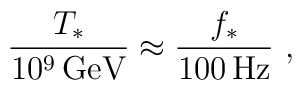
{T_* \over 10^9\,{\rm GeV}} \approx {f_* \over 100\, {\rm Hz}} \ ,